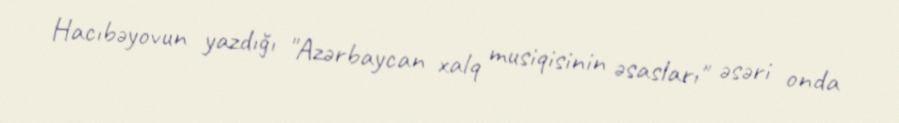
Hacıbəyovun yazdığı "Azərbaycan xalq musiqisinin əsasları" əsəri onda